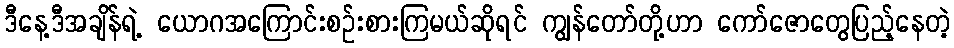
ဒီနေ့ဒီအချိန်ရဲ့ ယောဂအကြောင်းစဉ်းစားကြမယ်ဆိုရင် ကျွန်တော်တို့ဟာ ကော်ဇောတွေပြည့်နေတဲ့